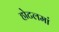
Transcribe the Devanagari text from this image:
होटलमां